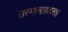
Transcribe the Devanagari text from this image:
उस्मानाबादसह